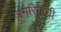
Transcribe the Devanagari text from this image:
अमेरिकची